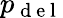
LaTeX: p_{\mathrm{~d~e~l~}}